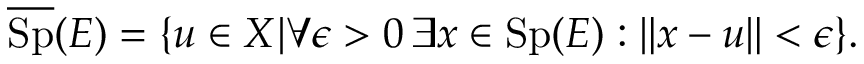
{ \overline { { \operatorname { S p } } } } ( E ) = \{ u \in X | \forall \epsilon > 0 \, \exists x \in \operatorname { S p } ( E ) : \| x - u \| < \epsilon \} .